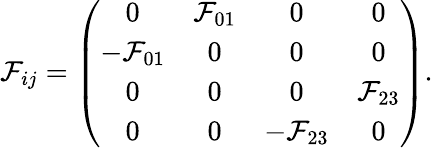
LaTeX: {\cal F}_{ij}=\left(\begin{array}{cccc}{{0}}&{{{\cal F}_{01}}}&{{0}}&{{0}}\\ {{-{\cal F}_{01}}}&{{0}}&{{0}}&{{0}}\\ {{0}}&{{0}}&{{0}}&{{{\cal F}_{23}}}\\ {{0}}&{{0}}&{{-{\cal F}_{23}}}&{{0}}\end{array}\right).